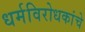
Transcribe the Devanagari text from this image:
धर्मविरोधकांचे